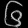
Digit: ၆